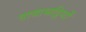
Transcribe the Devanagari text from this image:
वायाभट्ठियों